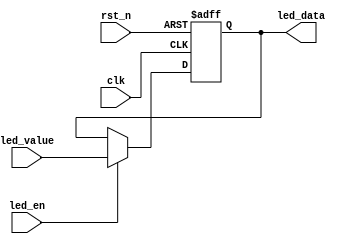
//****************************************Copyright (c)***********************************//                            
//----------------------------------------------------------------------------------------
// File name:          led
// Last modified Date:  2021/6/10 11:28:58
// Last Version:        V1.0
// Descriptions:        sobel
//----------------------------------------------------------------------------------------
// Created date:        2021/6/10 11:28:58
// Version:             V1.0
// Descriptions:        led
//
//----------------------------------------------------------------------------------------
//****************************************************************************************//
`timescale 1ns/1ns
module led
#(
	parameter LED_WIDTH = 4
)
(
	//global clock
	input						clk,
	input						rst_n,
	
	//user interface
	input						led_en,
	input		[LED_WIDTH-1:0]	led_value,
	
	//led interface	
	output	reg	[LED_WIDTH-1:0]	led_data
);

//--------------------------------------
always@(posedge clk or negedge rst_n)
begin
	if(!rst_n)
		led_data <= {LED_WIDTH{1'b0}};
	else if(led_en)
		led_data <= led_value;
	else
		led_data <= led_data;
end

endmodule